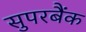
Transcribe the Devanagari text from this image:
सुपरबैंक